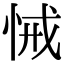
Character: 悈